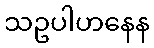
သဥပါဟနေန